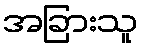
အခြားသူ